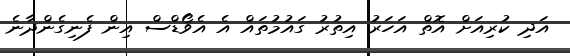
އަދި ކުރިއަށް އޮތް އަހަރު އިތުރު ގައުމުތައް އެ އެވޯޑްސް އިން ފެނިގެންދާނެ